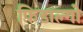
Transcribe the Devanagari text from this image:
फ़िडाल्गो